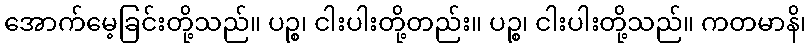
အောက်မေ့ခြင်းတို့သည်။ ပဉ္စ၊ ငါးပါးတို့တည်း။ ပဉ္စ၊ ငါးပါးတို့သည်။ ကတမာနိ၊